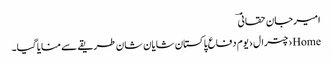
امیرجان حقانیؔ
Home›چترال›یوم دفاع پاکستان شایان شان طریقے سے منایا گیا۔